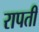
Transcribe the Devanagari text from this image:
रापती